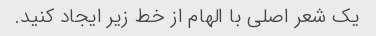
یک شعر اصلی با الهام از خط زیر ایجاد کنید.